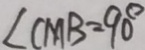
\angle C M B = 9 0 ^ { \circ }